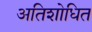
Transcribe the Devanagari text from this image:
अतिशोधित